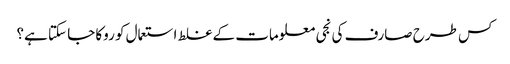
کس طرح صارف کی نجی معلومات کے غلط استعمال کو روکا جا سکتا ہے؟